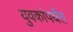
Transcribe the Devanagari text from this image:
युवकांपर्यंत